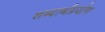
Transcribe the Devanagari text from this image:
शब्दार्थप्रयोग